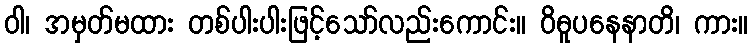
ဝါ၊ အမှတ်မထား တစ်ပါးပါးဖြင့်သော်လည်းကောင်း။ ဝိဓူပနေနာတိ၊ ကား။